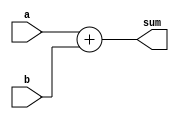
`timescale 1ns / 1ps
//////////////////////////////////////////////////////////////////////////////////
// Company: 
// Engineer: 
// 
// Design Name: 
// Module Name: Adder
// Project Name: 
// Target Devices: 
// Tool Versions: 
// Description: 
// 
// Dependencies: 
// 
// Revision:
// Revision 0.01 - File Created
// Additional Comments:
// 
//////////////////////////////////////////////////////////////////////////////////


module Adder
#(
    parameter SizeA = 32
)
(
    input signed [SizeA -1 :0] a,
    input signed [SizeA -1 :0] b,
    output signed [SizeA-1 :0] sum
);
    assign sum = a + b;
endmodule